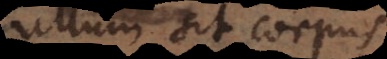
ullum sit corp